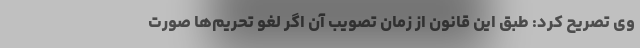
وی تصریح کرد: طبق این قانون از زمان تصویب آن اگر لغو تحریم‌ها صورت